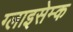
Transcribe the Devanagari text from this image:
ग्लाइसेम्क